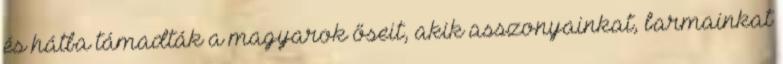
és hátba támadták a magyarok őseit, akik asszonyainkat, barmainkat